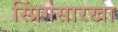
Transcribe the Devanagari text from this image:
स्प्रिंगसारखा